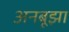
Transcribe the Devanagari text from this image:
अनबूझा